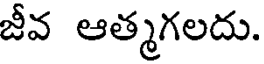
జీవ ఆత్మగలదు.